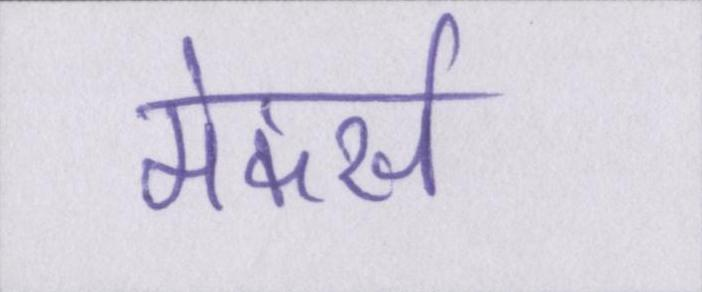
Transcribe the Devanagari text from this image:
मेकर्स